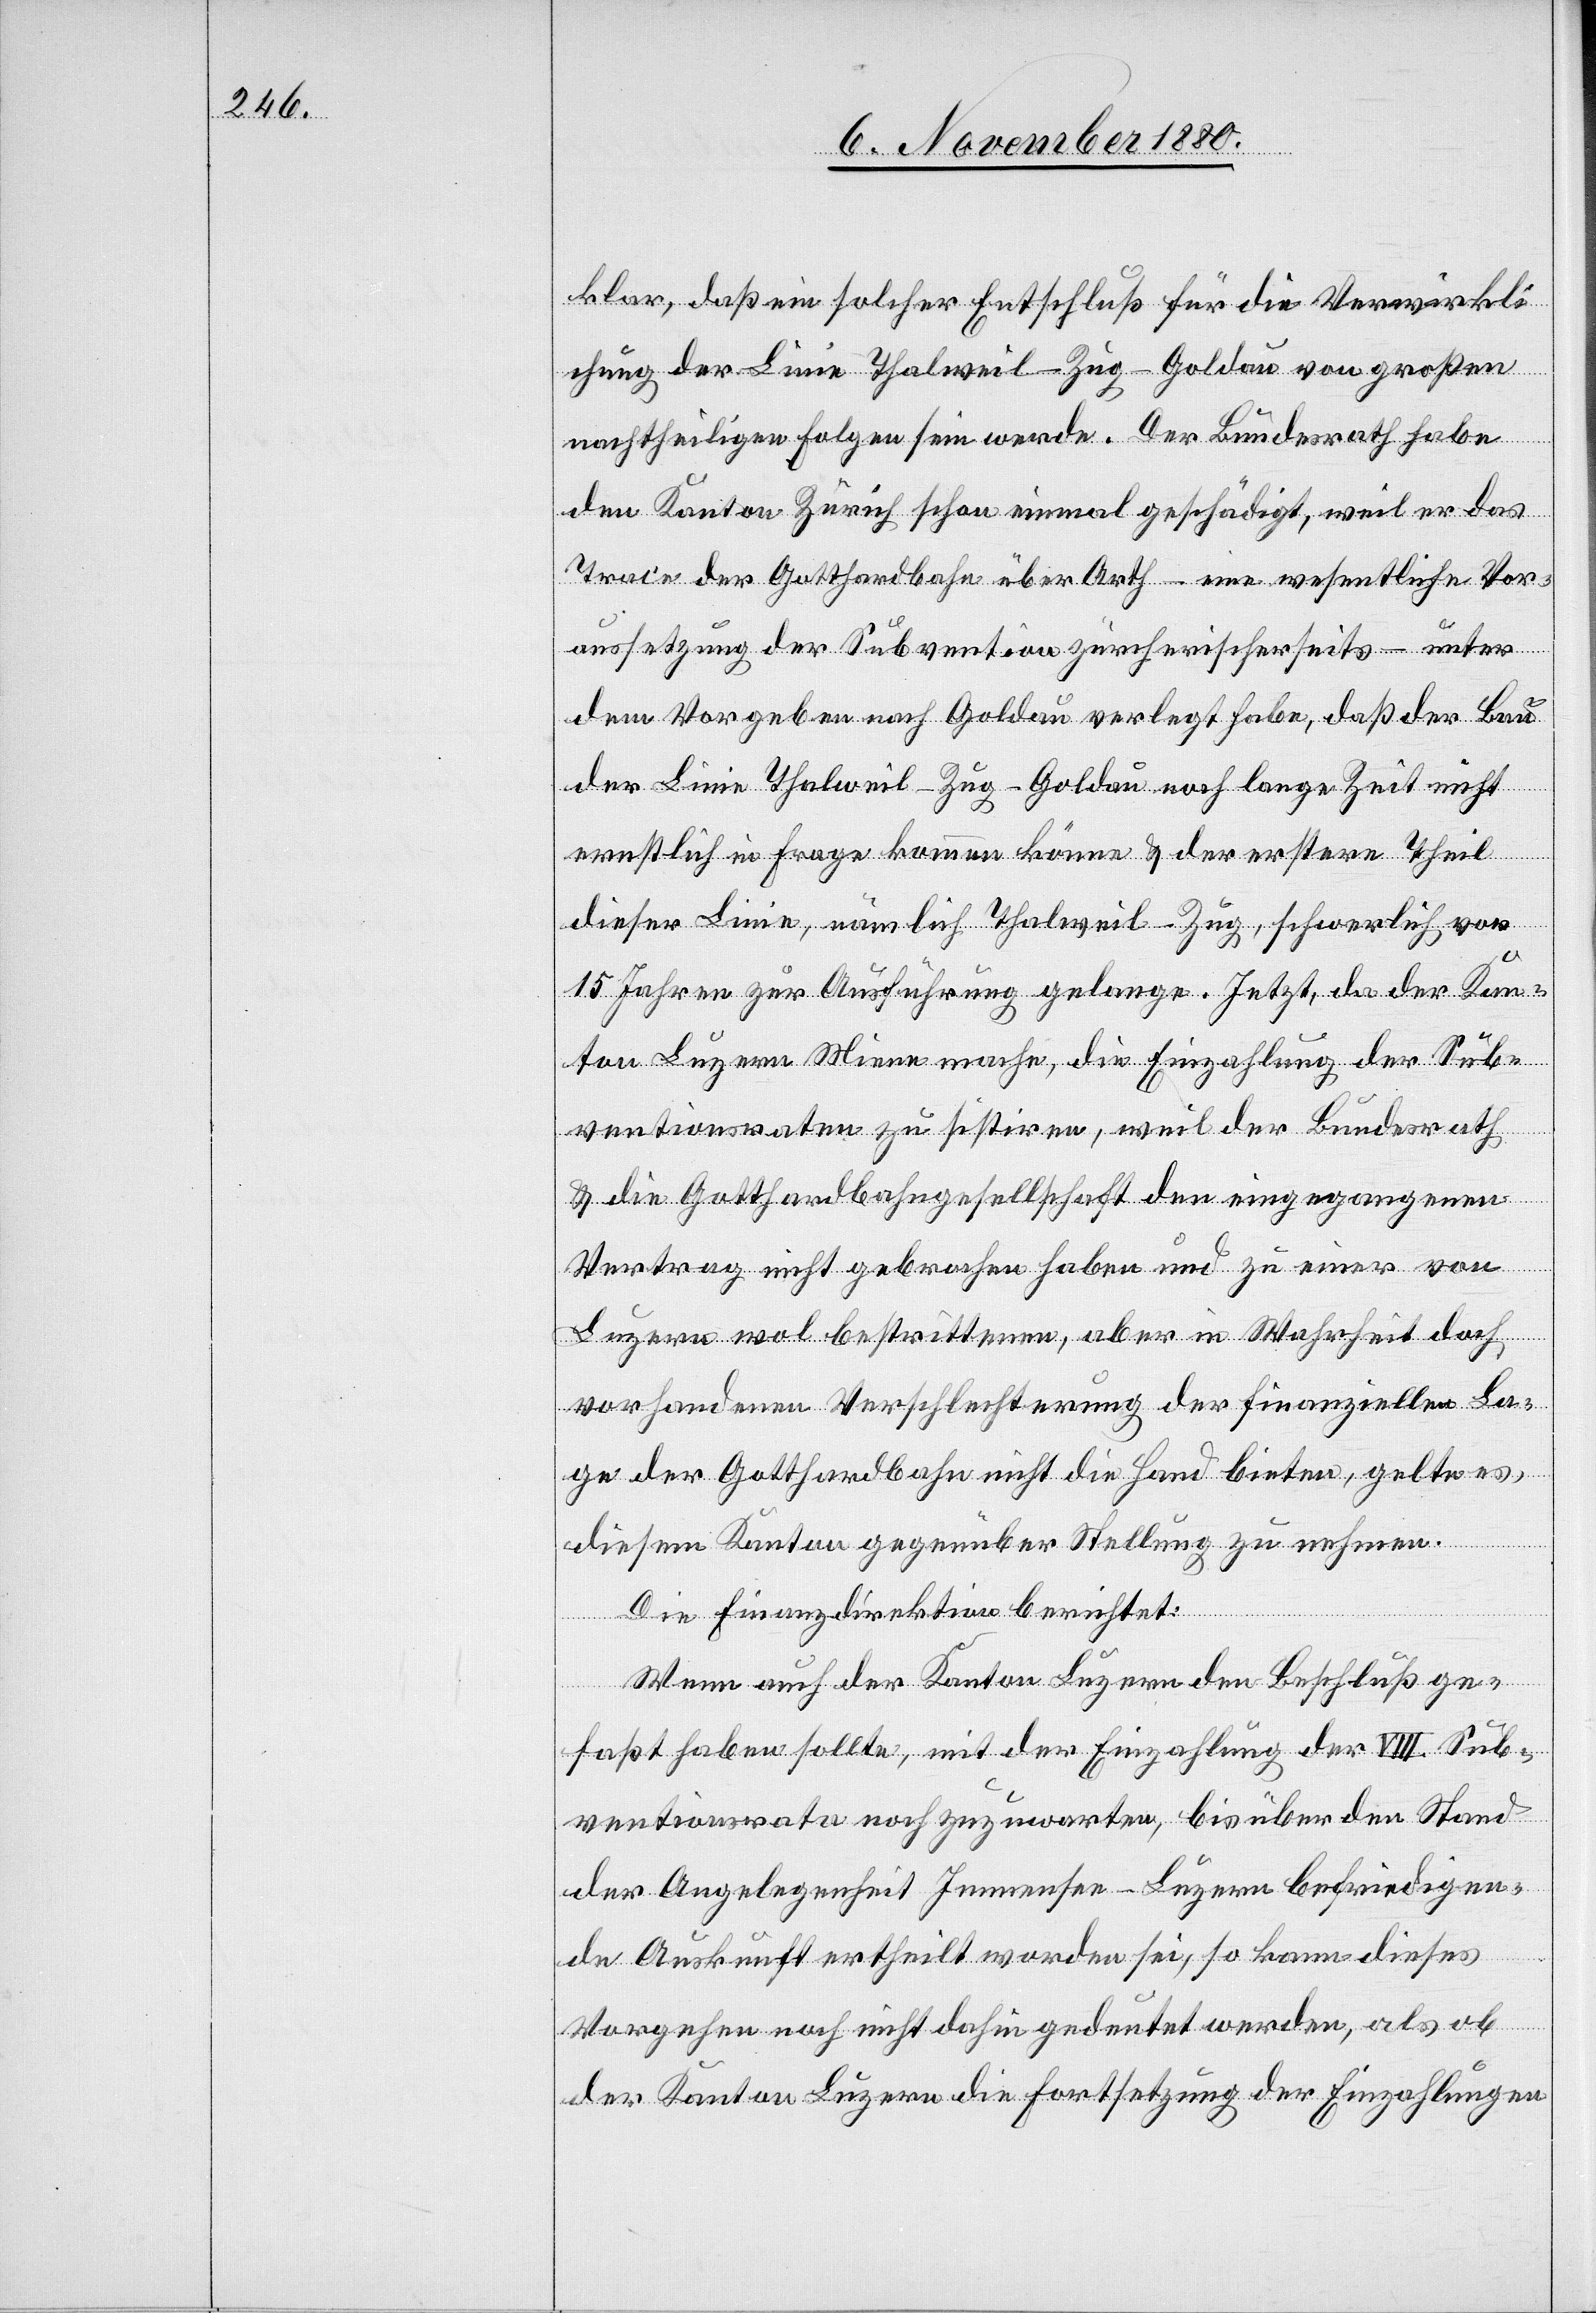
klar, daß ein solcher Entschluß für die Verwirkli¬
chung der Linie Thalweil–Zug–Goldau von großen
nachtheiligen Folgen sein werde. Der Bundesrath habe
den Kanton Zürich schon einmal geschädigt, weil er das
Trace der Gotthardbahn über Arth – eine wesentliche Vor¬
aussetzung der Subvention zürcherischerseits – unter
dem Vorgeben nach Goldau verlegt habe, daß der Bau
der Linie Thalweil–Zug–Goldau noch lange Zeit nicht
ernstlich in Frage kommen könne & der erstere Theil
dieser Linie, nämlich Thalweil–Zug, schwerlich vor
15 Jahren zur Ausführung gelange. Jetzt, da der Kan¬
ton Luzern Miene mache, die Einzahlung der Sub¬
ventionsraten zu sistiren, weil der Bundesrath
& die Gotthardbahngesellschaft den eingegangenen
Vertrag nicht gebrochen haben und zu einer von
Luzern wol bestrittenen, aber in Wahrheit doch
vorhandenen Verschlechterung der finanziellen La¬
ge der Gotthardbahn nicht die Hand bieten, gelte es,
diesem Kanton gegenüber Stellung zu nehmen.
Die Finanzdirektion berichtet:
Wenn auch der Kanton Luzern den Beschluß ge¬
faßt haben sollte, mit der Einzahlung der VIII. Sub¬
ventionsrata noch zuzuwarten, bis über den Stand
der Angelegenheit Immensee–Luzern befriedigen¬
de Auskunft ertheilt worden sei, so kann dieses
Vorgehen noch nicht dahin gedeutet werden, als ob
der Kanton Luzern die Fortsetzung der Einzahlungen